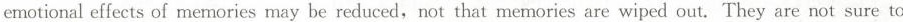
emotional effects of memories may be reduced,not that memories are wiped out. They are not sure to